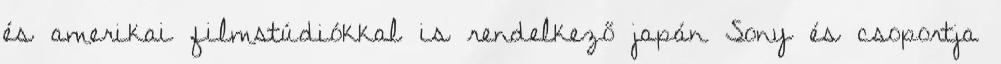
és amerikai filmstúdiókkal is rendelkező japán Sony és csoportja